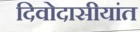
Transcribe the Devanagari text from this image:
दिवोदासीयांत